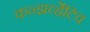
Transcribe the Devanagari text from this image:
कन्झर्व्हेटिव